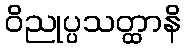
ဝိညုပ္ပသတ္ထာနိ